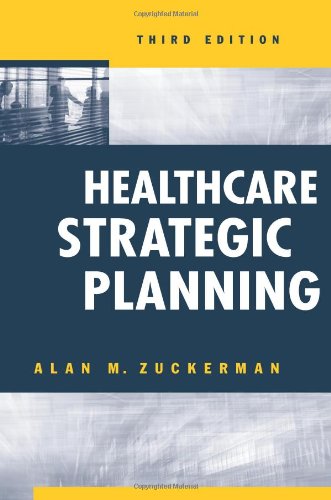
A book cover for Healthcare Strategic Planning (Ache Management); Alan M. Zuckerman; Medical Books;